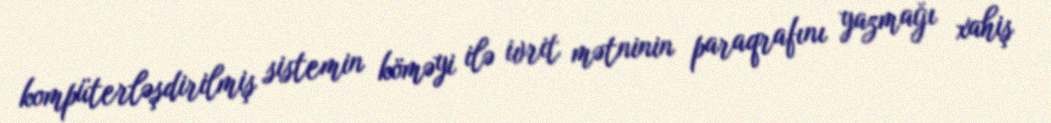
kompüterləşdirilmiş sistemin köməyi ilə ivrit mətninin paraqrafını yazmağı xahiş